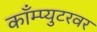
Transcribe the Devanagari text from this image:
काँम्प्युटरवर